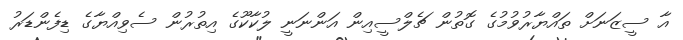
އާ ސީޒަނަށް ތައްޔާރުވުމުގެ ގޮތުން ޗެލްސީއިން އަންނަނީ ލުކާކޫގެ އިތުރުން ސެވިއްޔާގެ ޑިފެންޑަރު